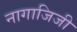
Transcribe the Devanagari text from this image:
नागाजिजी